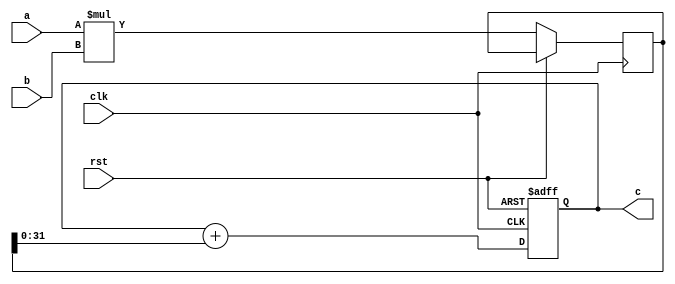
module pe(
    input wire clk,
    input wire rst,
    input wire [31:0] a,
    input wire [31:0] b,
    output reg [31:0] c
);

    // Intermediate register to store the product of a and b
    reg [63:0] product;

    always @(posedge clk or posedge rst) begin
        if (rst) begin
            // Reset the accumulator to 0 when rst is high
            c <= 32'd0;
        end else begin
            // Perform the multiply-accumulate operation
            product <= a * b; // Multiply a by b
            c <= c + product[31:0]; // Accumulate the lower 32 bits of the product
        end
    end

endmodule